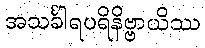
အသင်္ခါရပရိနိဗ္ဗာယိဿ